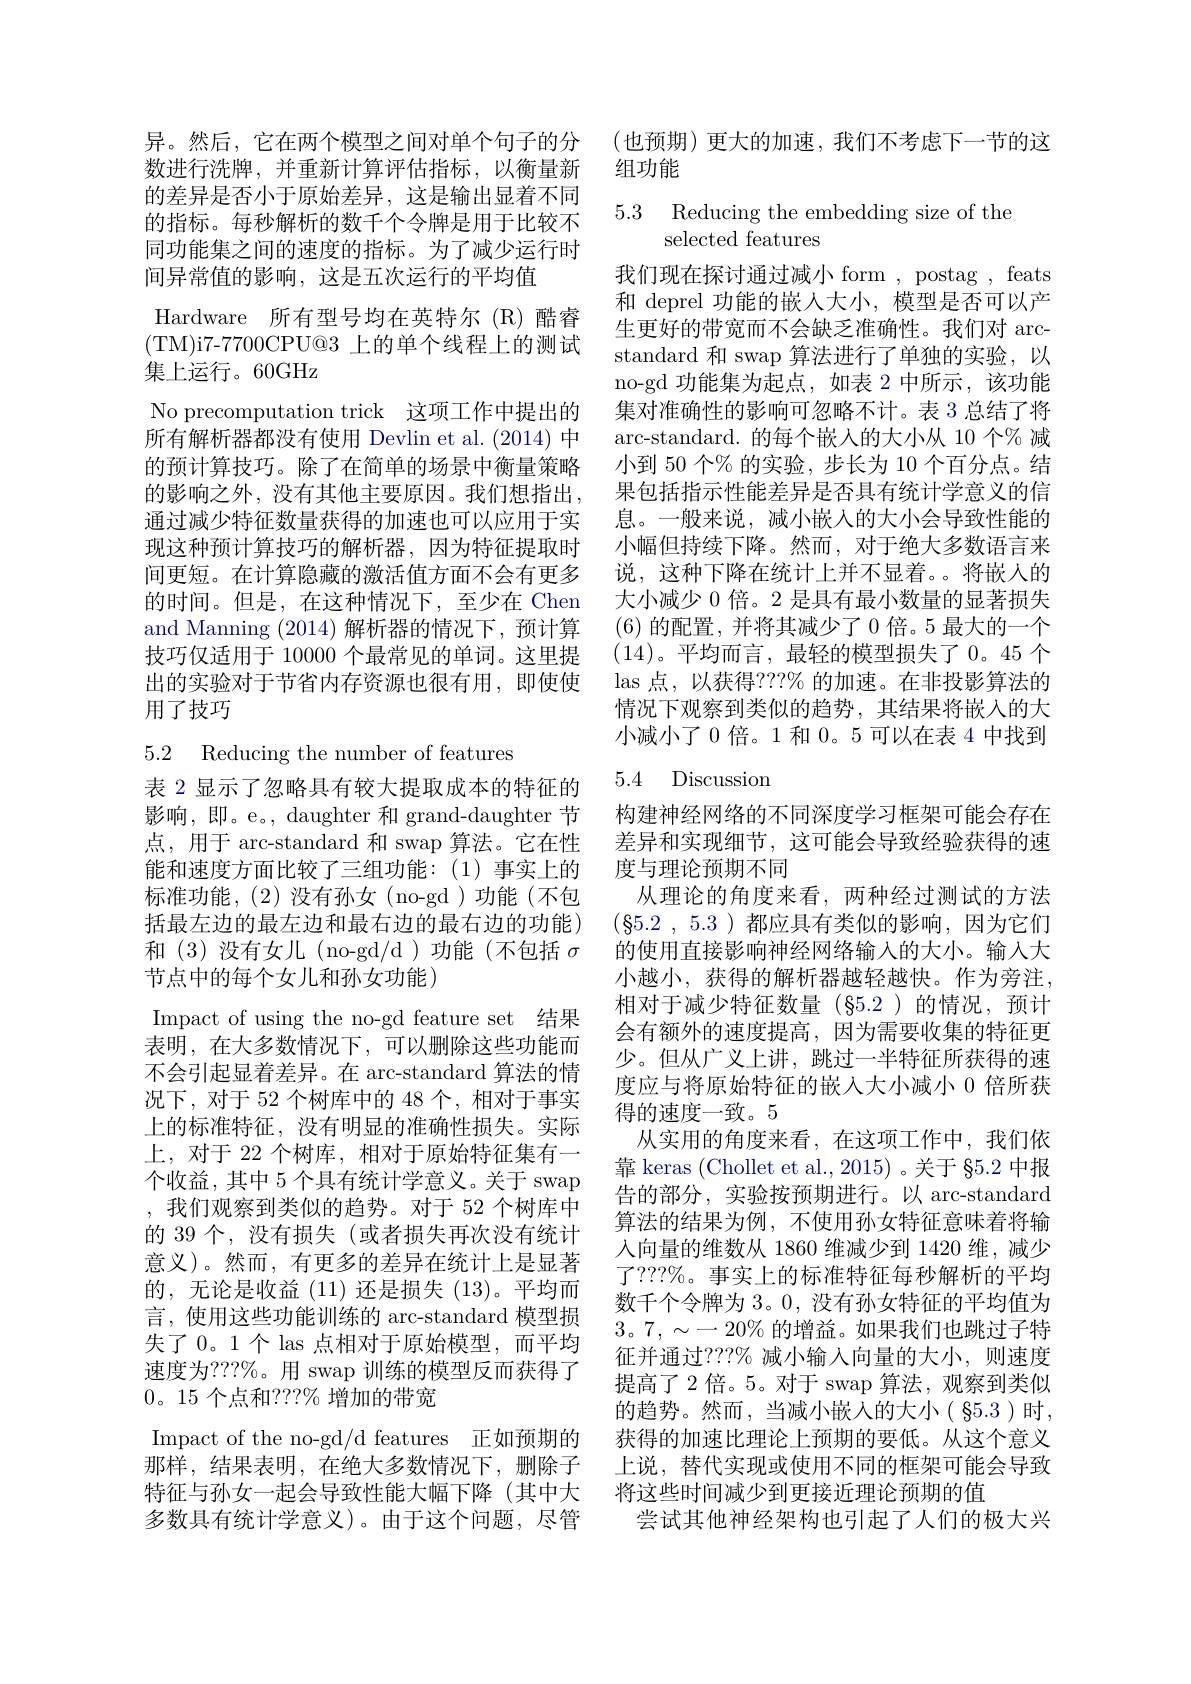
异。然后，它在两个模型之间对单个句子的分数进行洗牌，并重新计算评估指标，以衡量新的差异是否小于原始差异，这是输出显着不同的指标。每秒解析的数千个令牌是用于比较不同功能集之间的速度的指标。为了减少运行时间异常值的影响，这是五次运行的平均值
Hardware 所有型号均在英特尔(R)酷睿(TM)i7-7700CPU@3 上的单个线程上的测试集上运行。60GHz
No precomputation trick 这项工作中提出的所有解析器都没有使用 Devlin et al.(2014) 中的预计算技巧。除了在简单的场景中衡量策略的影响之外，没有其他主要原因。我们想指出， 通过减少特征数量获得的加速也可以应用于实现这种预计算技巧的解析器，因为特征提取时间更短。在计算隐藏的激活值方面不会有更多的时间。但是，在这种情况下，至少在 Chen and Manning (2014)解析器的情况下，预计算技巧仅适用于 10000 个最常见的单词。这里提出的实验对于节省内存资源也很有用，即使使用了技巧
5.2 Reducing the number of features

表 2 显示了忽略具有较大提取成本的特征的影响，即。e。, daughter 和 grand-daughter 节点，用于 arc-standard 和 swap 算法。它在性能和速度方面比较了三组功能：(1)事实上的
标准功能，(2)没有孙女(no-gd)功能(不包括最左边的最左边和最右边的最右边的功能) 和(3)没有女儿(no-gd/d)功能(不包括$\sigma$ 节点中的每个女儿和孙女功能)

Impact of using the no-gd feature set 结果

表明，在大多数情况下，可以删除这些功能而不会引起显着差异。在 arc-standard 算法的情况下，对于 52 个树库中的 48 个，相对于事实上的标准特征，没有明显的准确性损失。实际上，对于 22 个树库，相对于原始特征集有一个收益，其中 5 个具有统计学意义。关于 swap ,我们观察到类似的趋势。对于 52 个树库中的 39 个，没有损失(或者损失再次没有统计意义)。然而，有更多的差异在统计上是显著的，无论是收益(11)还是损失(13)。平均而言，使用这些功能训练的 arc-standard 模型损失了 0。1个 las 点相对于原始模型，而平均速度为？??%。用 swap 训练的模型反而获得了0。15 个点和？??%增加的带宽
Impact of the no-gd/d features 正如预期的那样，结果表明，在绝大多数情况下，删除子特征与孙女一起会导致性能大幅下降 (其中大 将这些时间减少到更接近理论预期的值
多数具有统计学意义)。由于这个问题，尽管

(也预期)更大的加速，我们不考虑下一节的这
组功能

5.3 Reducing the embedding size of the
## selected features

我们现在探讨通过减小 form , postag , feats 和 deprel 功能的嵌入大小，模型是否可以产生更好的带宽而不会缺乏准确性。我们对 arcstandard 和 swap 算法进行了单独的实验，以no-gd 功能集为起点，如表 2 中所示，该功能集对准确性的影响可忽略不计。表 3 总结了将arc-standard. 的每个嵌入的大小从 10 个% 减小到 50 个% 的实验，步长为 10 个百分点。结果包括指示性能差异是否具有统计学意义的信息。一般来说，减小嵌入的大小会导致性能的小幅但持续下降。然而，对于绝大多数语言来说，这种下降在统计上并不显着。将嵌入的大小减少 0 倍。2 是具有最小数量的显著损失(6)的配置，并将其减少了 0 倍。5 最大的一个(14)。平均而言，最轻的模型损失了0。45个las 点，以获得？??% 的加速。在非投影算法的情况下观察到类似的趋势，其结果将嵌入的大小减小了 0倍。1 和 0。5 可以在表 4 中找到

## 5.4 Discussion

构建神经网络的不同深度学习框架可能会存在差异和实现细节，这可能会导致经验获得的速度与理论预期不同
从理论的角度来看，两种经过测试的方法$( \S 5. 2$ , 5.3 ) {}都应具有类似的影响，因为它们的使用直接影响神经网络输入的大小。输入大小越小，获得的解析器越轻越快。作为旁注。相对于减少特征数量(§5.2)的情况，预计会有额外的速度提高，因为需要收集的特征更少。但从广义上讲，跳过一半特征所获得的速度应与将原始特征的嵌人大小减小 0 倍所获得的速度一致。5
从实用的角度来看，在这项工作中，我们依靠 keras (Chollet et al., 2015)。关于 §5.2 中报告的部分，实验按预期进行。以 arc-standard 算法的结果为例，不使用孙女特征意味着将输入向量的维数从 1860 维减少到 1420 维，减少了？??%。事实上的标准特征每秒解析的平均数千个令牌为 3。0, 没有孙女特征的平均值为$3。7,\sim-20\%$的增益。如果我们也跳过子特征并通过？??% 减小输入向量的大小，则速度提高了2 倍。5。对于 swap 算法，观察到类似的趋势。然而，当减小嵌人的大小( $\S5.3$)时， 获得的加速比理论上预期的要低。从这个意义上说，替代实现或使用不同的框架可能会导致
尝试其他神经架构也引起了人们的极大兴